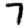
Digit: 7